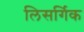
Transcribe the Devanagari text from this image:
लिसर्गिक